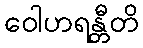
ဝေါဟရန္တီတိ